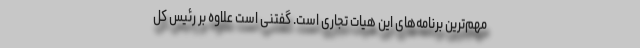
مهم‌ترین برنامه‌های این هیات تجاری است. گفتنی است علاوه بر رئیس کل